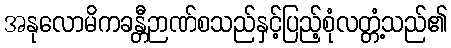
အနုလောမိကခန္တီဉာဏ်စသည်နှင့်ပြည့်စုံလတ္တံ့သည်၏